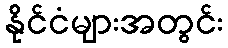
နိုင်ငံများအတွင်း